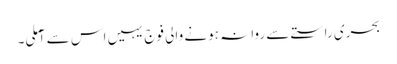
بحری راستے سے روانہ ہونے والی فوج یہیں اس سے آملی۔